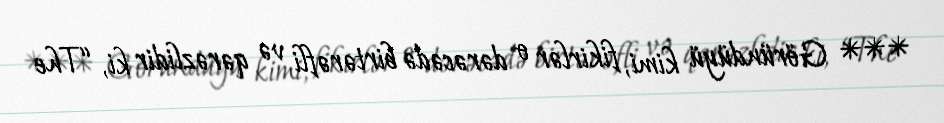
*** Göründüyü kimi, fikirlər o dərəcədə birtərəfli və qərəzlidir ki, “The